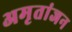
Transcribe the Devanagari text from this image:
अमृतांजन